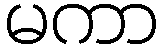
မကာ